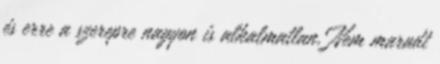
és erre a szerepre nagyon is alkalmatlan. Nem maradt